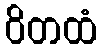
ဝိတထံ